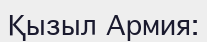
Қызыл Армия: